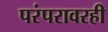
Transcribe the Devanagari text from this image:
परंपरावरही